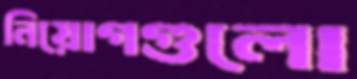
নিয়োগগুলো